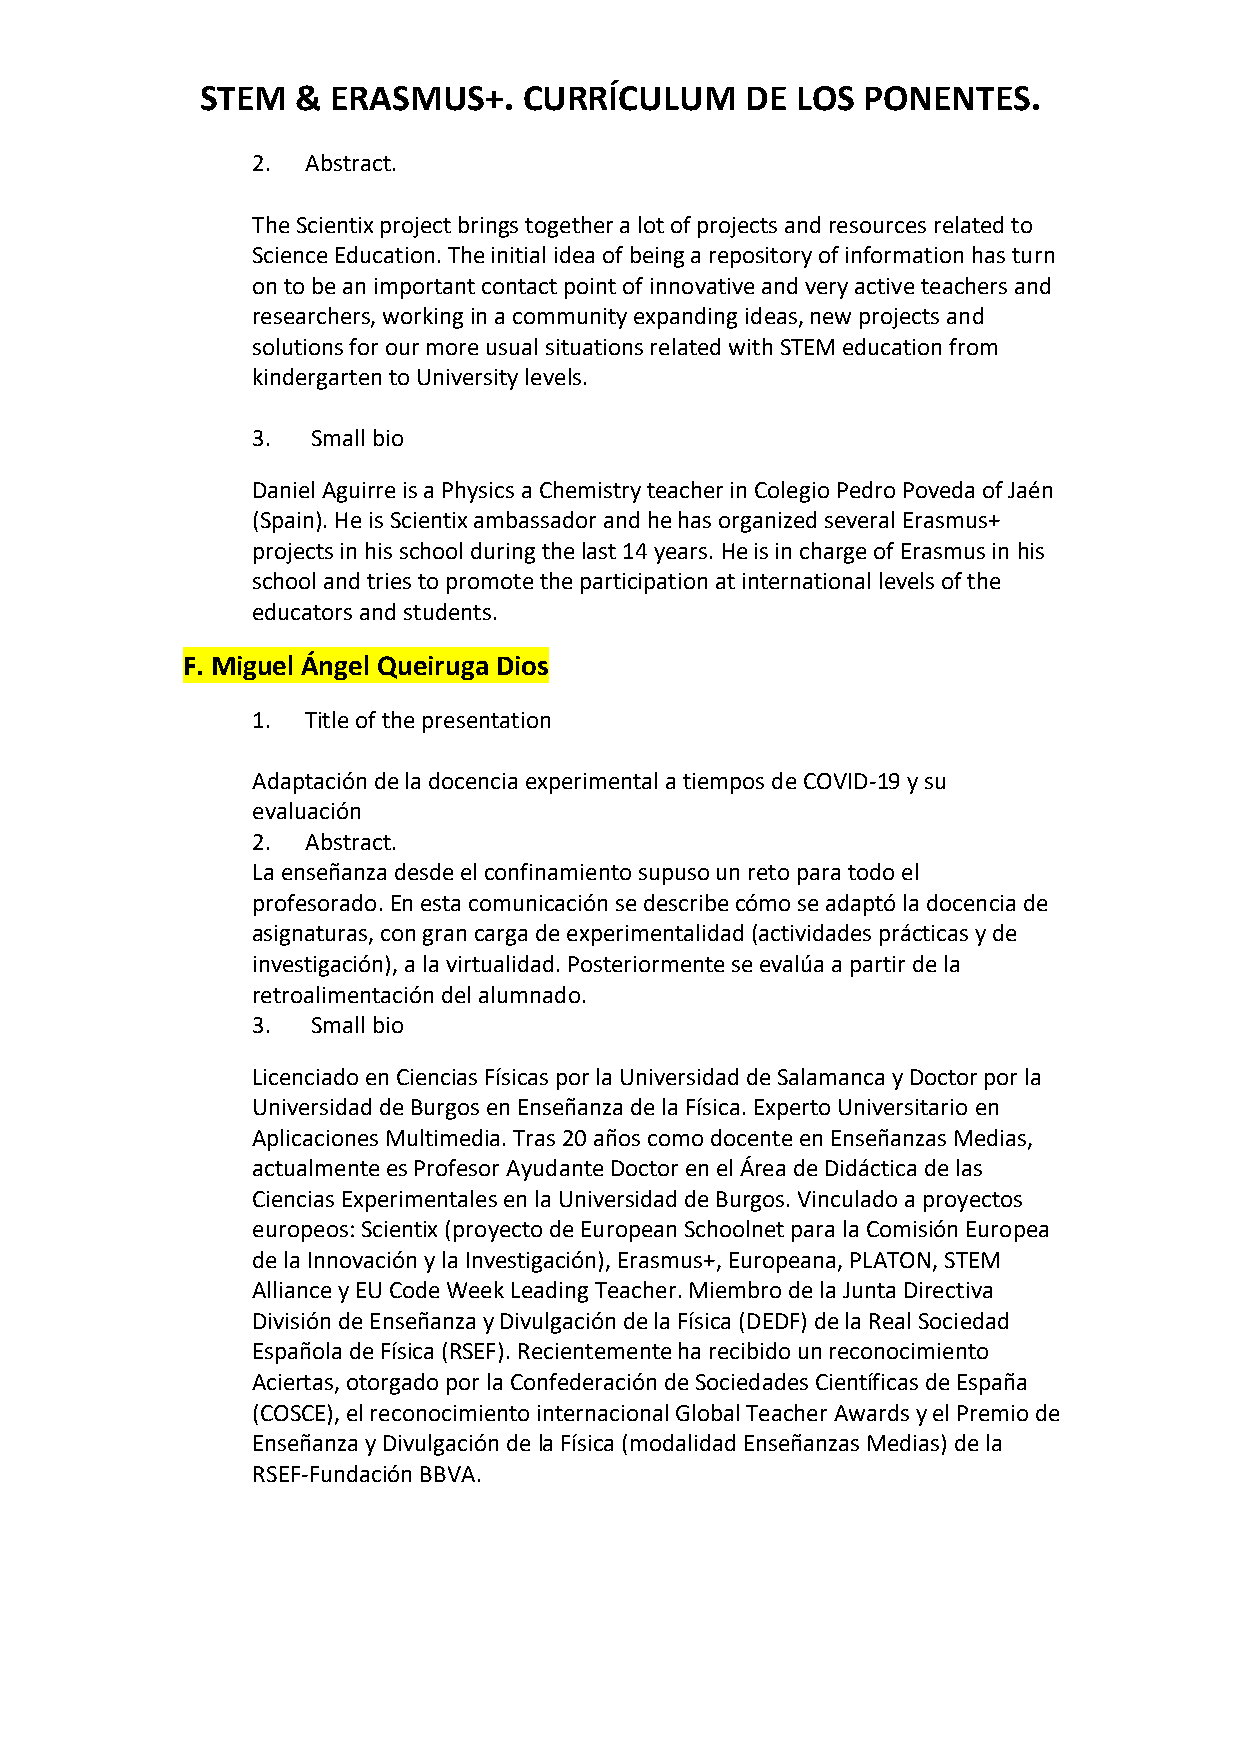
STEM   & ERASMUS+.    CURRÍCULUM    DE  LOS PONENTES.
 2. Abstract.
 The Scientix project brings together a lot of projects and resources related to
 Science Education. The initial idea of being a repository of information has turn
 on to be an important contact point of innovative and very active teachers and
 researchers, working in a community expanding ideas, new projects and
 solutions for our more usual situations related with STEM education from
 kindergarten to University levels.
 3.  Small bio
 Daniel Aguirre is a Physics a Chemistry teacher in Colegio Pedro Poveda of Jaén
 (Spain). He is Scientix ambassador and he has organized several Erasmus+
 projects in his school during the last 14 years. He is in charge of Erasmus in his
 school and tries to promote the participation at international levels of the
 educators and students.
 F. Miguel Ángel Queiruga Dios
 1. Title of the presentation
 Adaptación de la docencia experimental a tiempos de COVID-19 y su
 evaluación
 2. Abstract.
 La enseñanza desde el confinamiento supuso un reto para todo el
 profesorado. En esta comunicación se describe cómo se adaptó la docencia de
 asignaturas, con gran carga de experimentalidad (actividades prácticas y de
 investigación), a la virtualidad. Posteriormente se evalúa a partir de la
 retroalimentación del alumnado.
 3.  Small bio
 Licenciado en Ciencias Físicas por la Universidad de Salamanca y Doctor por la
 Universidad de Burgos en Enseñanza de la Física. Experto Universitario en
 Aplicaciones Multimedia. Tras 20 años como docente en Enseñanzas Medias,
 actualmente es Profesor Ayudante Doctor en el Área de Didáctica de las
 Ciencias Experimentales en la Universidad de Burgos. Vinculado a proyectos
 europeos: Scientix (proyecto de European Schoolnet para la Comisión Europea
 de la Innovación y la Investigación), Erasmus+, Europeana, PLATON, STEM
 Alliance y EU Code Week Leading Teacher. Miembro de la Junta Directiva
 División de Enseñanza y Divulgación de la Física (DEDF) de la Real Sociedad
 Española de Física (RSEF). Recientemente ha recibido un reconocimiento
 Aciertas, otorgado por la Confederación de Sociedades Científicas de España
 (COSCE), el reconocimiento internacional Global Teacher Awards y el Premio de
 Enseñanza y Divulgación de la Física (modalidad Enseñanzas Medias) de la
 RSEF-Fundación BBVA.